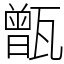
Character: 甑